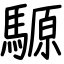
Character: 騵